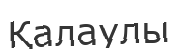
Қалаулы